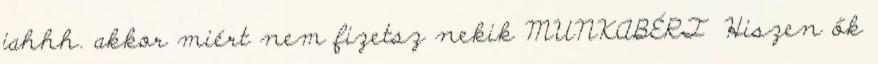
jahhh. akkor miért nem fizetsz nekik MUNKABÉRT Hiszen ők